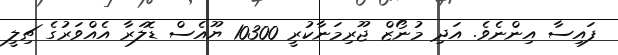
ފައިސާ އިންނެވެ. އަދި މުނޯޒް ޖޫރިމަނާކުރީ 10300 ޔޫއެސް ޑޮލަރާ އެއްވަރުގެ ޗިލީ